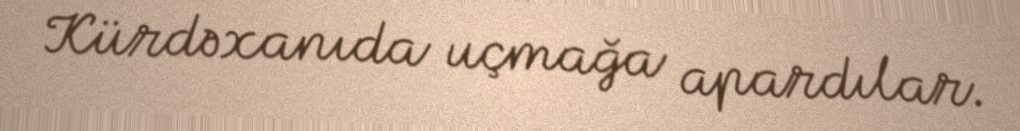
Kürdəxanıda uçmağa apardılar.